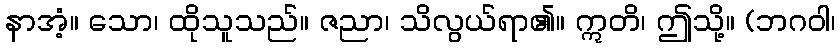
နာအံ့။ သော၊ ထိုသူသည်။ ဇညာ၊ သိလွယ်ရာ၏။ ဣတိ၊ ဤသို့။ (ဘဂဝါ၊